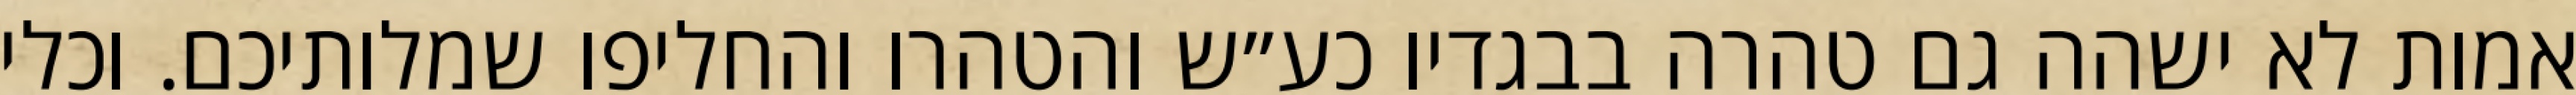
אמות לא ישהה גם טהרה בבגדיו כע״ש והטהרו והחליפו שמלותיכם. וכלי